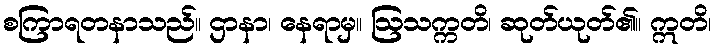
စကြာရတနာသည်။ ဌာနာ၊ နေရာမှ။ ဩသက္ကတိ၊ ဆုတ်ယုတ်၏။ ဣတိ၊